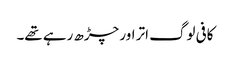
کافی لوگ اتر اور چڑھ رہے تھے۔